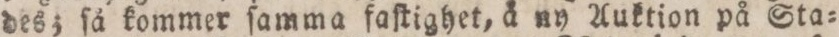
des; ſå kommer ſamma faſtighet, å ny Auktion på Sta=